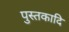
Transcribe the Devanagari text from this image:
पुस्तकादि